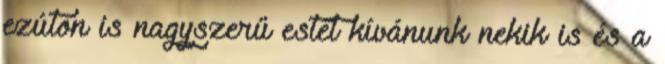
ezúton is nagyszerű estét kívánunk nekik is és a